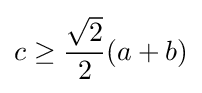
c\geq {\frac {\sqrt {2}}{2}}(a+b)